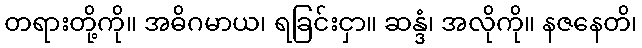
တရားတို့ကို။ အဓိဂမာယ၊ ရခြင်းငှာ။ ဆန္ဒံ၊ အလိုကို။ နဇနေတိ၊